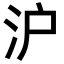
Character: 沪